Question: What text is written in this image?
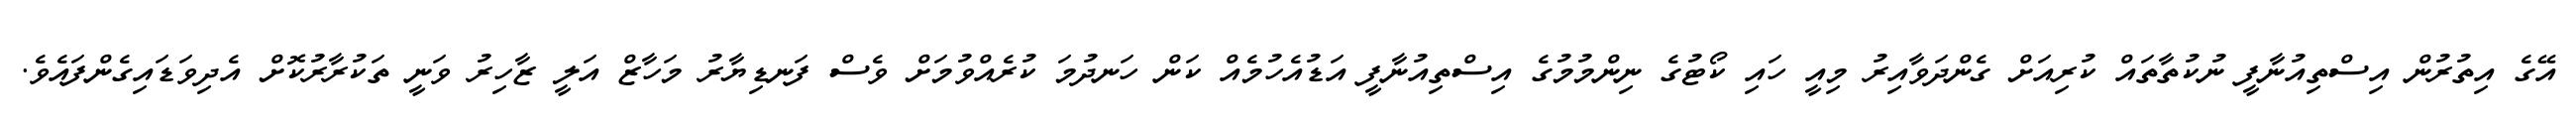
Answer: އޭގެ އިތުރުން އިސްތިއުނާފީ ނުކުތާތައް ކުރިއަށް ގެންދަވާއިރު މިއީ ހައި ކޯޓުގެ ނިންމުމުގެ އިސްތިއުނާފީ އަޑުއެހުމެއް ކަން ހަނދުމަ ކުރެއްވުމަށް ވެސް ފަނޑިޔާރު މަހާޒް އަލީ ޒާހިރު ވަނީ ތަކުރާރުކޮށް އެދިވަޑައިގެންފައެވެ.